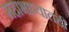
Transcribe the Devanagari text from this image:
महाभाष्यातही